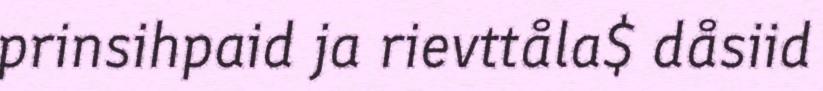
prinsihpaid ja rievttåla$ dåsiid